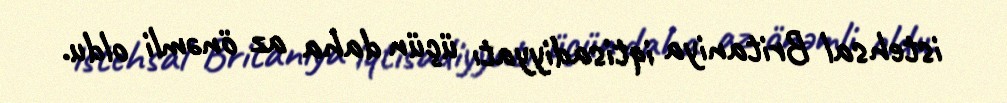
istehsal Britaniya iqtisadiyyatı üçün daha az önəmli oldu.